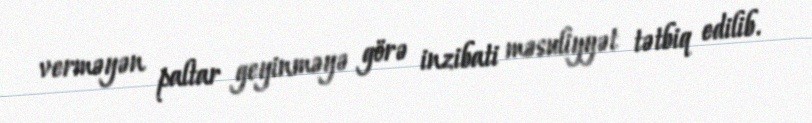
verməyən paltar geyinməyə görə inzibati məsuliyyət tətbiq edilib.